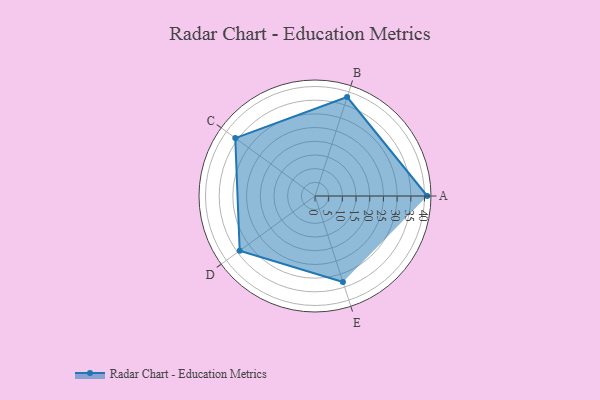
{"axis": {"x": "Skill", "y": "Score"}, "legend": ["Profile"], "data": [{"x": "A", "y": 41.0, "type": "Profile"}, {"x": "B", "y": 38.0, "type": "Profile"}, {"x": "C", "y": 36.0, "type": "Profile"}, {"x": "D", "y": 34.0, "type": "Profile"}, {"x": "E", "y": 33.0, "type": "Profile"}]}